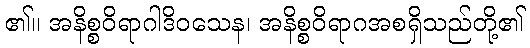
၏။ အနိစ္စဝိရာဂါဒိဝသေန၊ အနိစ္စဝိရာဂအစရှိသည်တို့၏